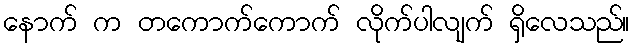
နောက် က တကောက်ကောက် လိုက်ပါလျက် ရှိလေသည်။